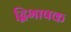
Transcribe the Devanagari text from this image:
द्विभाषक